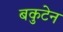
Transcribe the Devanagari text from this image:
बकुटेन